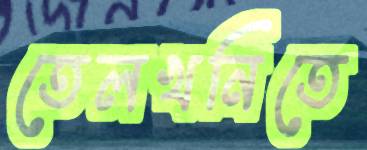
তেলখনিতে